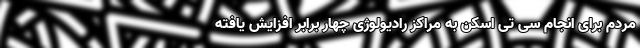
مردم برای انجام سی تی اسکن به مراکز رادیولوژی چهار برابر افزایش یافته